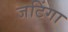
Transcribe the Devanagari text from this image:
जटिंगा